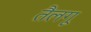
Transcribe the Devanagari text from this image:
तैलगू